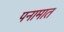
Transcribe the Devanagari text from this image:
पनामात